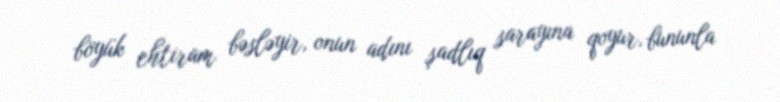
böyük ehtiram bəsləyir, onun adını şadlıq sarayına qoyur, bununla